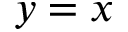
y = x